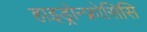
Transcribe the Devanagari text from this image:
हाइड्रोन्फ्रोसिसि